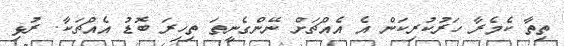
ތިތާ ކެމެރާ ހަރުކުރިކަން އެ އެއްޗަށް ނޭންގެނީތަ ތިހިރަ ބޮޑު އެއްޗަކާ. ރުޅި